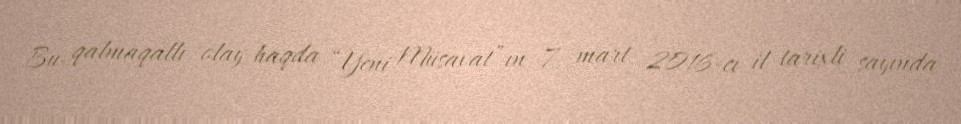
Bu qalmaqallı olay haqda “Yeni Müsavat”ın 7 mart 2016-cı il tarixli sayında